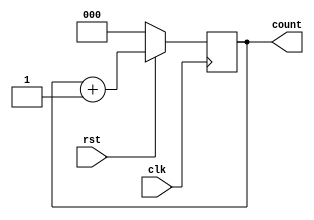
module arbiter
   (input clk, rst,
    output reg [2:0] count);
   
   always@(posedge clk) begin
      if(!rst)
         count <= 0;
      else // Count will roll over every 8 cycles.
         count <= count + 1;
   end

endmodule